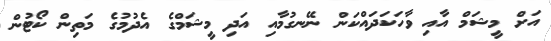
އަށް މީޝަމް އާއި ވާހަކަދައްކަން ނޭނގުމާއި އަދި މީޝަމްގެ އެދުމުގެ މަތިން ކޯޓުން